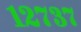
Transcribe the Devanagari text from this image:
१२७३७